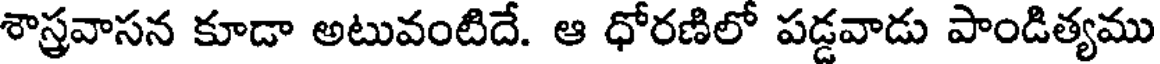
శాస్త్రవాసన కూడా అటువంటిదే. ఆ ధోరణిలో పడ్డవాడు పాండిత్యము